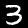
Label: 3